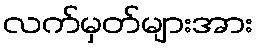
လက်မှတ်များအား